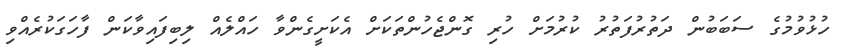
ހުޅުވުމުގެ ސަބަބުން ދަތުރުފަތުރު ކުރުމަށް ހުރި ގޮންޖެހުންތަކަށް އެކަށީގެންވާ ހައްލެއް ލިބިފައިވާކަން ފާހަގަކުރެއްވި